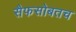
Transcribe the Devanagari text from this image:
सैफसोबतच